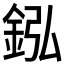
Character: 𨥺